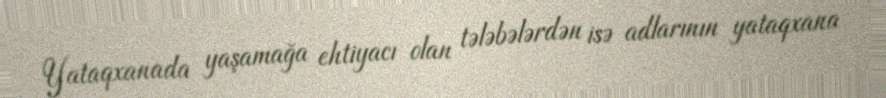
Yataqxanada yaşamağa ehtiyacı olan tələbələrdən isə adlarının yataqxana